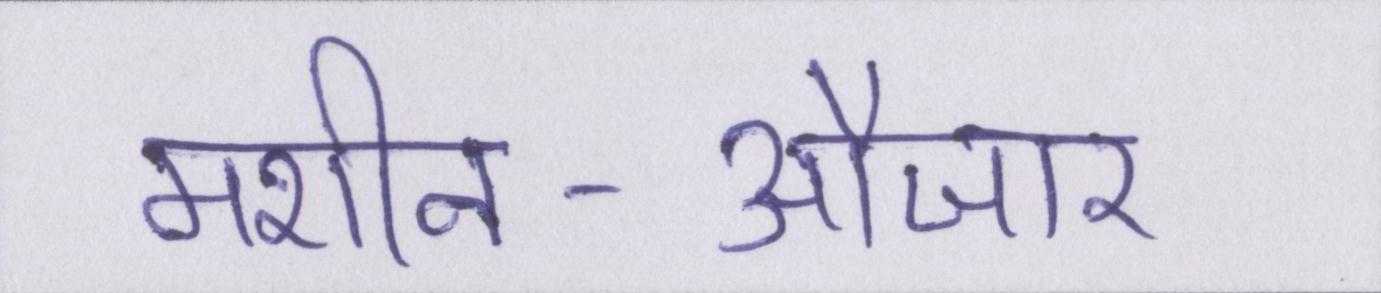
मशीन-औजार